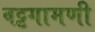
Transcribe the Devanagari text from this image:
वट्टगामणी